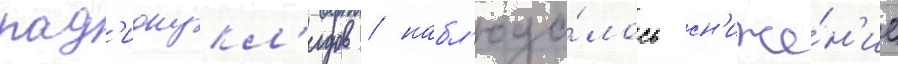
рад'ионукл'идов / набл'юда́лось сн'иже́н'ие